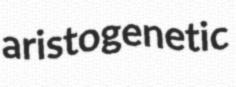
aristogenetic